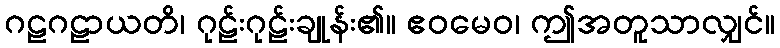
ဂဠဂဠာယတိ၊ ဂုဠ်းဂုဠ်းချုန်း၏။ ဧဝမေဝ၊ ဤအတူသာလျှင်။